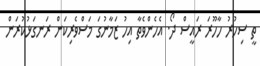
ތީީ ސިހުރު ހާހޫރަ ރައީސް ދޯ. އެހެންވެތާ އިހު ޒަމާނުގަ މަސްވެރިކަން ރަނގަޅުކުރަން